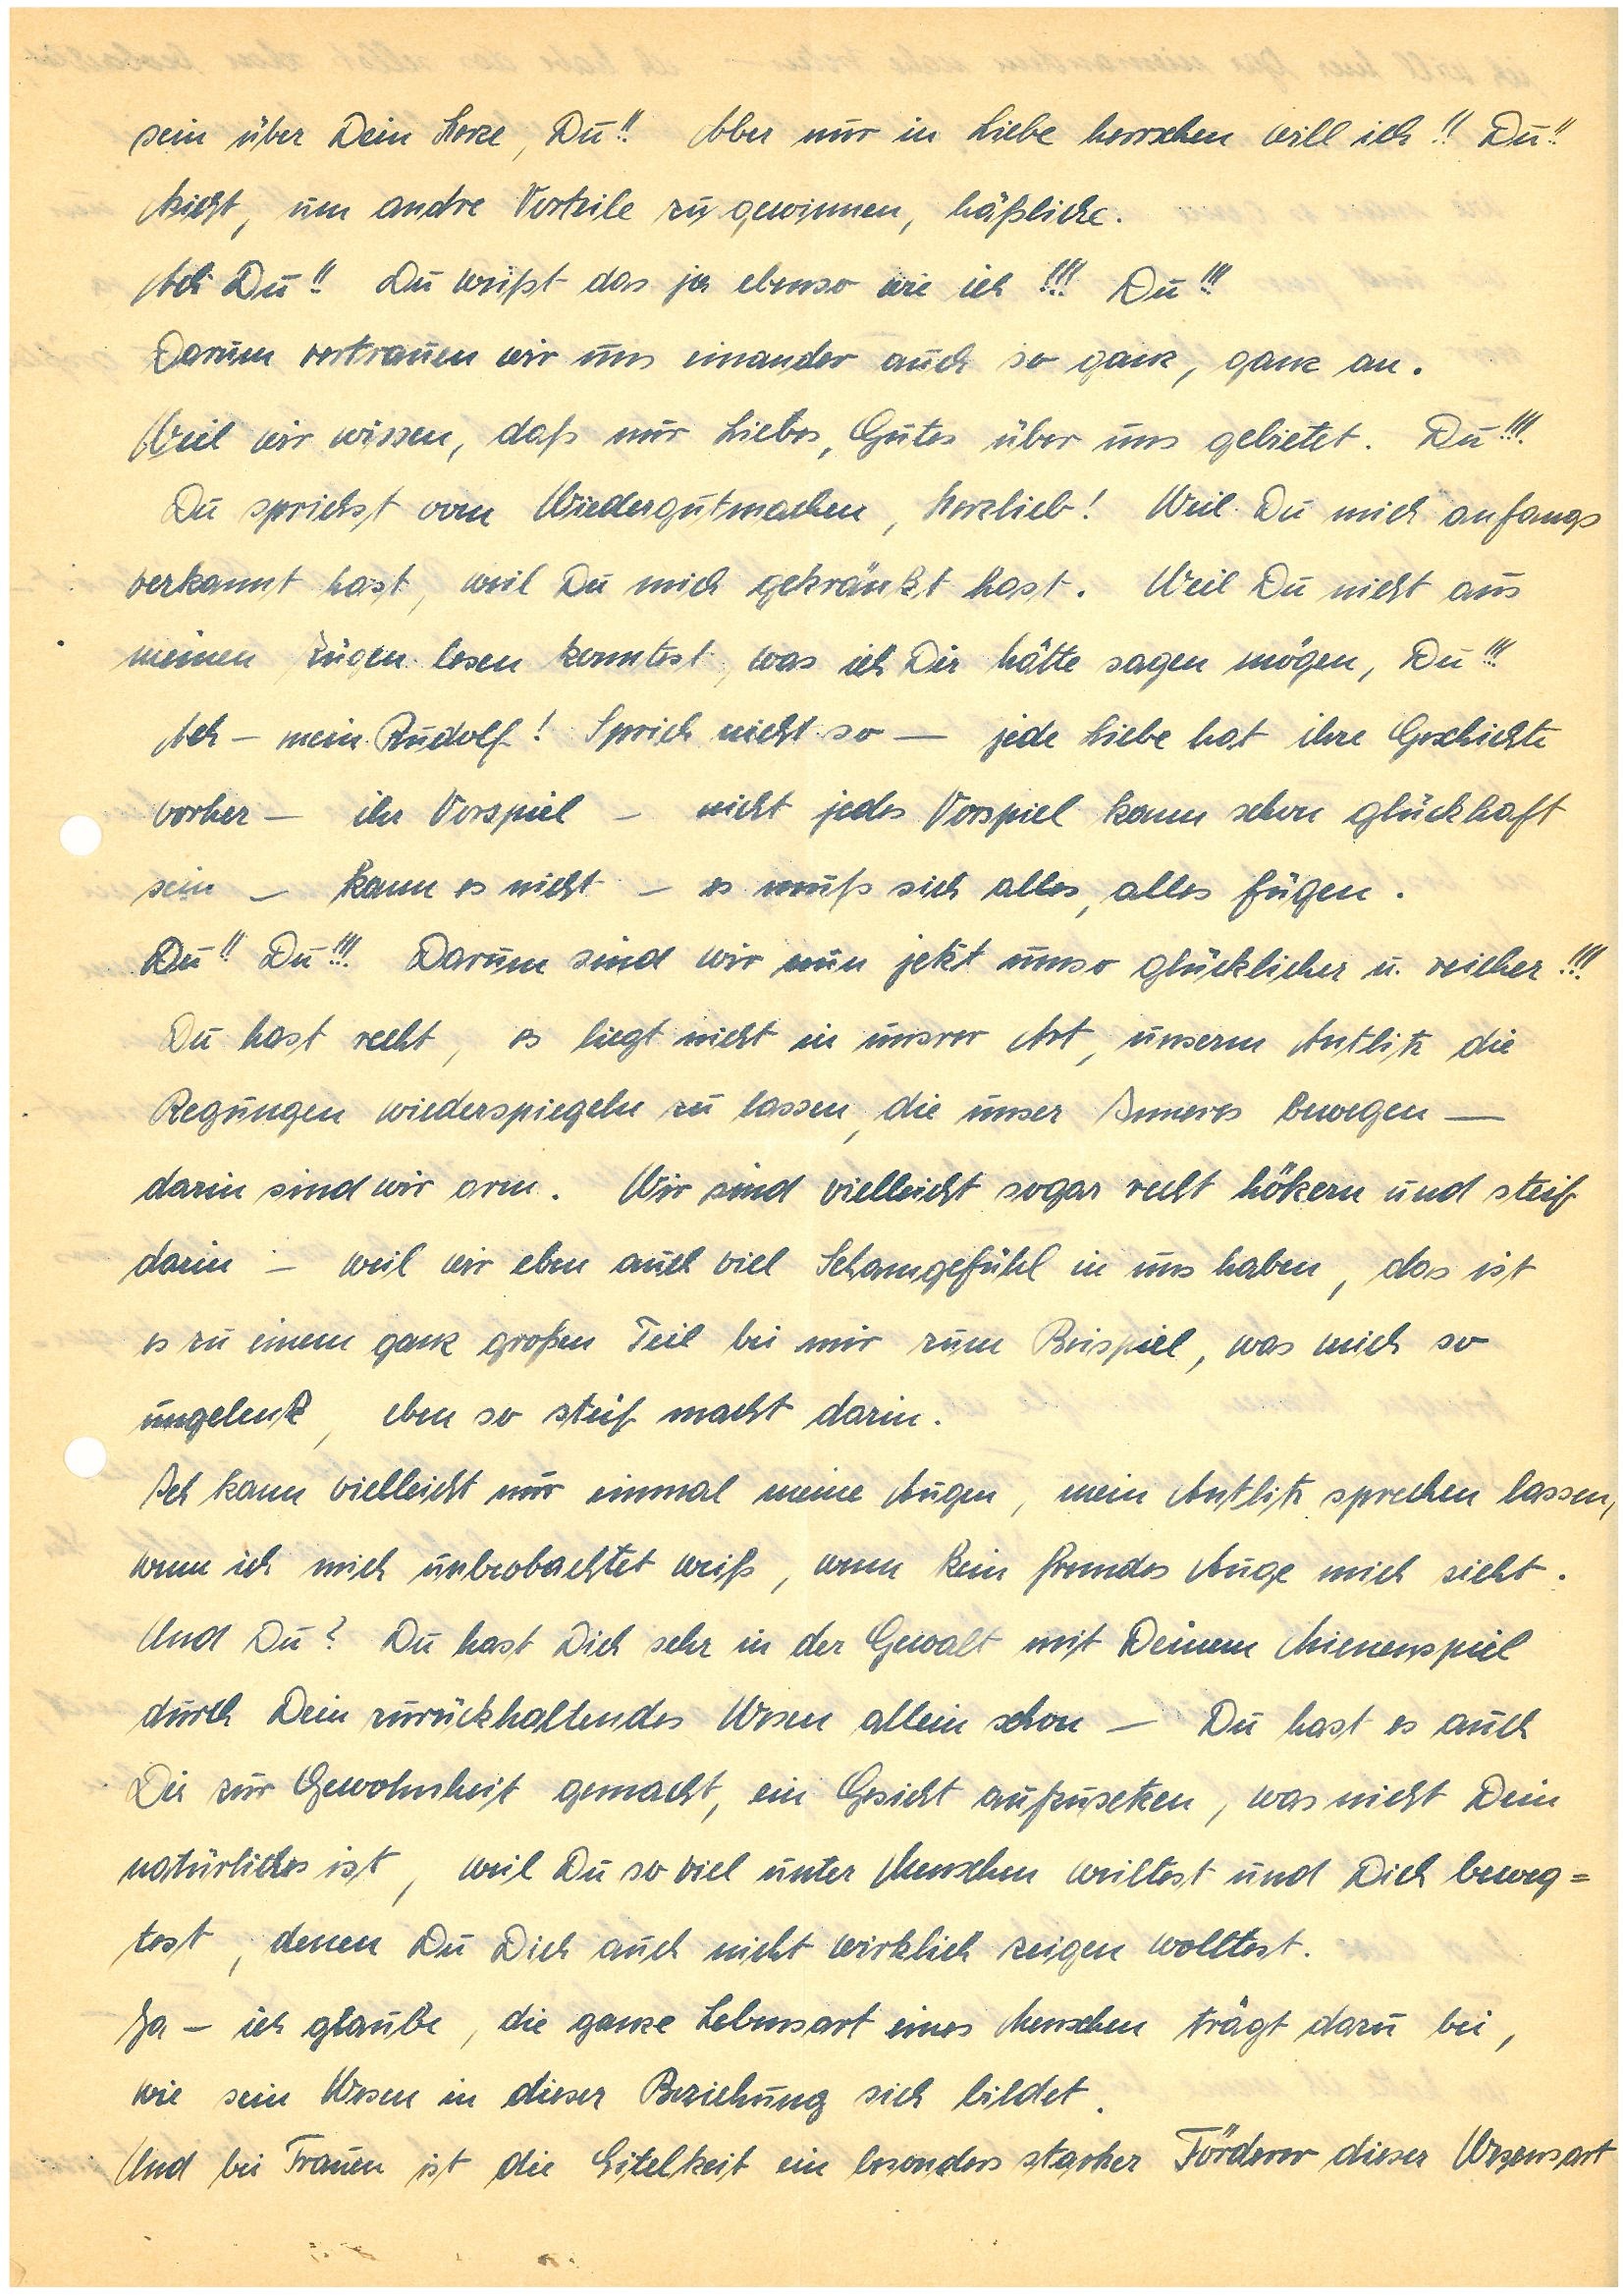
sein über Dein Herze, Du!! Aber nur in Liebe herrschen will ich!! Du!!
Nicht, um andre Vorteile zu gewinnen, häßliche.
Ach Du!! Du weißt das ja ebenso wie ich!!! Du!!!
Darum vertrauen wir uns einander auch so ganz, ganz an.
Weil wir wissen, daß nur Liebes, Gutes über uns gebietet. Du!!!
Du sprichst vom Wiedergutmachen, Herzlieb! Weil Du mich anfangs
verkannt hast, weil Du mich gekränkt hast. Weil Du nicht aus
meinen Zügen lesen konntest, was ich Dir hätte sagen mögen, Du!!!
Ach – mein ! Sprich nicht so — jede Liebe hat ihre Geschichte
vorher – ihr Vorspiel – nicht jedes Vorspiel kann schon glückhaft
sein – kann es nicht – es muß sich alles, alles fügen.
Du!! Du!!! Darum sind wir nun jetzt umso glücklicher u. reicher!!!
Du hast recht, es liegt nicht in unsrer Art, unserm Antlitz die
Regungen wiederspiegeln zu lassen, die unser Inneres bewegen —
darin sind wir arm. Wir sind vielleicht sogar recht hölzern und steif
darin – weil wir eben auch viel Schamgefühl in uns haben, das ist
es zu einem ganz großen Teil bei mir zum Beispiel, was mich so
ungelenk, eben so steif macht darin.
Ich kann vielleicht nur einmal meine Augen, mein Antlitz sprechen lassen,
wenn ich mich unbeobachtet weiß, wenn kein fremdes Auge mich sieht.
Und Du? Du hast Dich sehr in der Gewalt mit Deinem Mienenspiel
durch Dein zurückhaltendes Wesen allein schon — Du hast es auch
Dir zur Gewohnheit gemacht, ein Gesicht aufzusetzen, was nicht Dein
natürliches ist, weil Du so viel unter Menschen weiltest und Dich beweg¬
test, denen Du Dich auch nicht wirklich zeigen wolltest.
Ja – ich glaube, die ganze Lebensart eines Menschen trägt dazu bei,
wie sein Wesen in dieser Beziehung sich bildet.
Und bei Frauen ist die Eitelkeit ein besonders starker Förderer dieser Wesensart